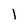
Character: l